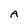
Character: A